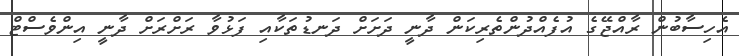
އެހިސާބުން ރާއްޖޭގެ އުފެއްދުންތެރިކަން ދާނީ ދަށަށް ދަނޑުތަކާއި ފަޅުވާ ރަށްރަށް ދާނީ އިންވެސްޓް